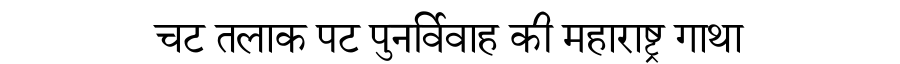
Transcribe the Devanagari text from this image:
चट तलाक पट पुनर्विवाह की महाराष्ट्र गाथा